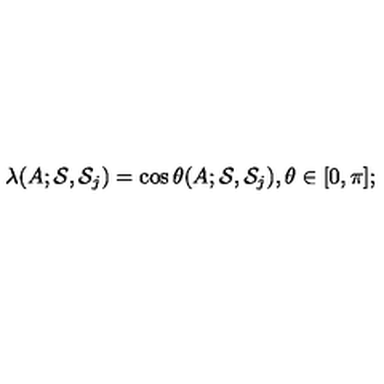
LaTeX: \lambda ( A ; { \cal S } , { \cal S } _ { j } ) = \cos \theta ( A ; { \cal S } , { \cal S } _ { j } ) , \theta \in [ 0 , \pi ] ;